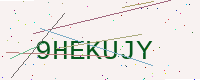
Text: 9HEKUJY